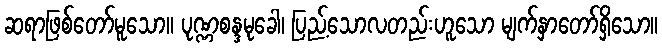
ဆရာဖြစ်တော်မူသော။ ပုဏ္ဏစန္ဒမုခေါ၊ ပြည့်သောလတည်းဟူသော မျက်နှာတော်ရှိသော။